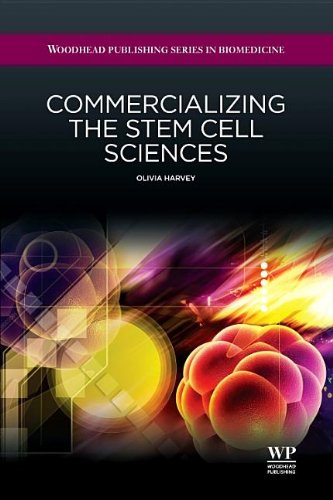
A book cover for Commercializing the Stem Cell Sciences (Woodhead Publishing Series in Biomedicine); Olivia Harvey; Business & Money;